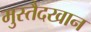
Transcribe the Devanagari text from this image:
मुस्तैदखान